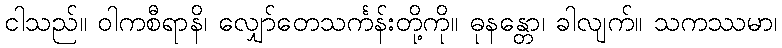
ငါသည်။ ဝါကစီရာနိ၊ လျှော်တေသင်္ကန်းတို့ကို။ ဓုနန္တော၊ ခါလျက်။ သကဿမာ၊